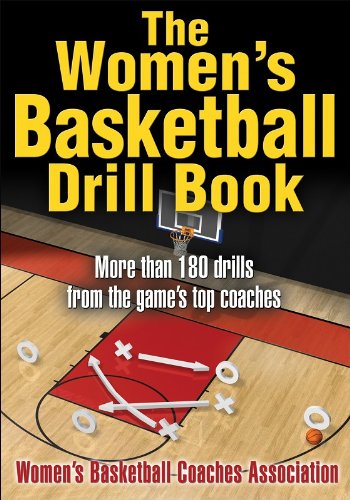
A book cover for The Women's Basketball Drill Book (The Drill Book Series); Women's Basketball Coaches Association; Sports & Outdoors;